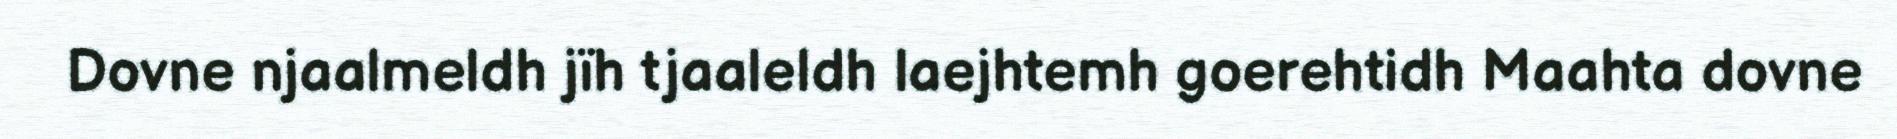
Dovne njaalmeldh jïh tjaaleldh laejhtemh goerehtidh Maahta dovne